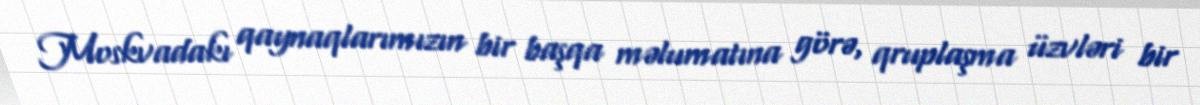
Moskvadakı qaynaqlarımızın bir başqa məlumatına görə, qruplaşma üzvləri bir